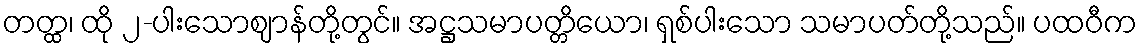
တတ္ထ၊ ထို ၂-ပါးသောဈာန်တို့တွင်။ အဋ္ဌသမာပတ္တိယော၊ ရှစ်ပါးသော သမာပတ်တို့သည်။ ပထဝီက